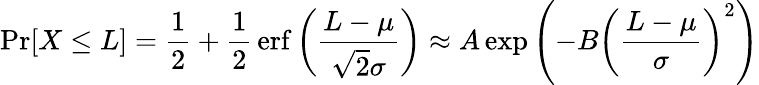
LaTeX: \operatorname*{Pr}[X\leq L]={\frac{1}{2}}+{\frac{1}{2}}\operatorname{erf}\left({\frac{L-\mu}{{\sqrt{2}}\sigma}}\right)\approx A\exp\left(-B\left({\frac{L-\mu}{\sigma}}\right)^{2}\right)